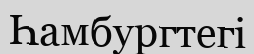
Һамбургтегі